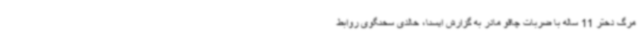
مرگ دختر 11 ساله با ضربات چاقو مادر به گزارش ایسنا، خالدی سخنگوی روابط